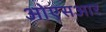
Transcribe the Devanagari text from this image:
ओएसआर